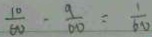
\frac { 1 0 } { 6 0 } - \frac { 9 } { 6 0 } = \frac { 1 } { 6 0 }